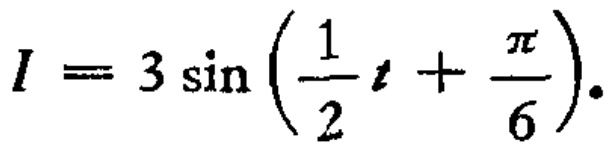
\(I = 3 \sin \left(\frac{1}{2} t + \frac{\pi}{6}\right).\)